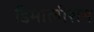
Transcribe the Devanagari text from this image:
डिमोलीशन